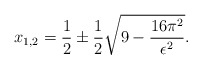
\begin{align*}x_{1,2}=\frac{1}{2}\pm \frac{1}{2}\sqrt{9-\frac{16\pi ^2}{\epsilon ^2}}.\end{align*}